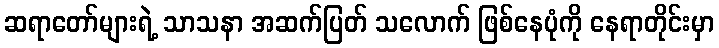
ဆရာတော်များရဲ့ သာသနာ အဆက်ပြတ် သလောက် ဖြစ်နေပုံကို နေရာတိုင်းမှာ